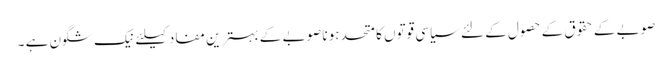
صوبے کے حقوق کے حصول کے لئے سیاسی قوتوں کا متحد ہونا صوبے کے بہترین مفاد کیلئے نیک شگون ہے ۔